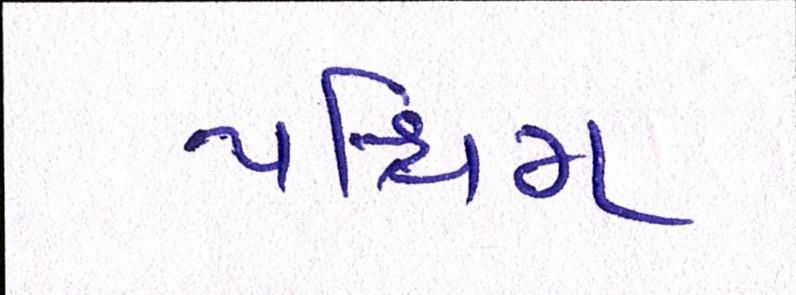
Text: પશ્ચિમ